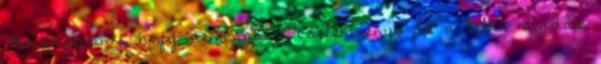
Mondhatnánk, hogy nemcsak a cselekmény, de a lelki vívódás